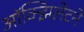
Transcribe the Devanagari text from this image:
ऑक्झिलेटने